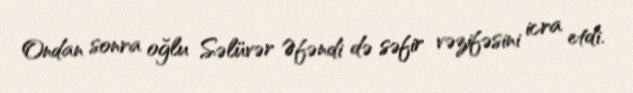
Ondan sonra oğlu Səlüvər Əfəndi də səfir vəzifəsini icra etdi.